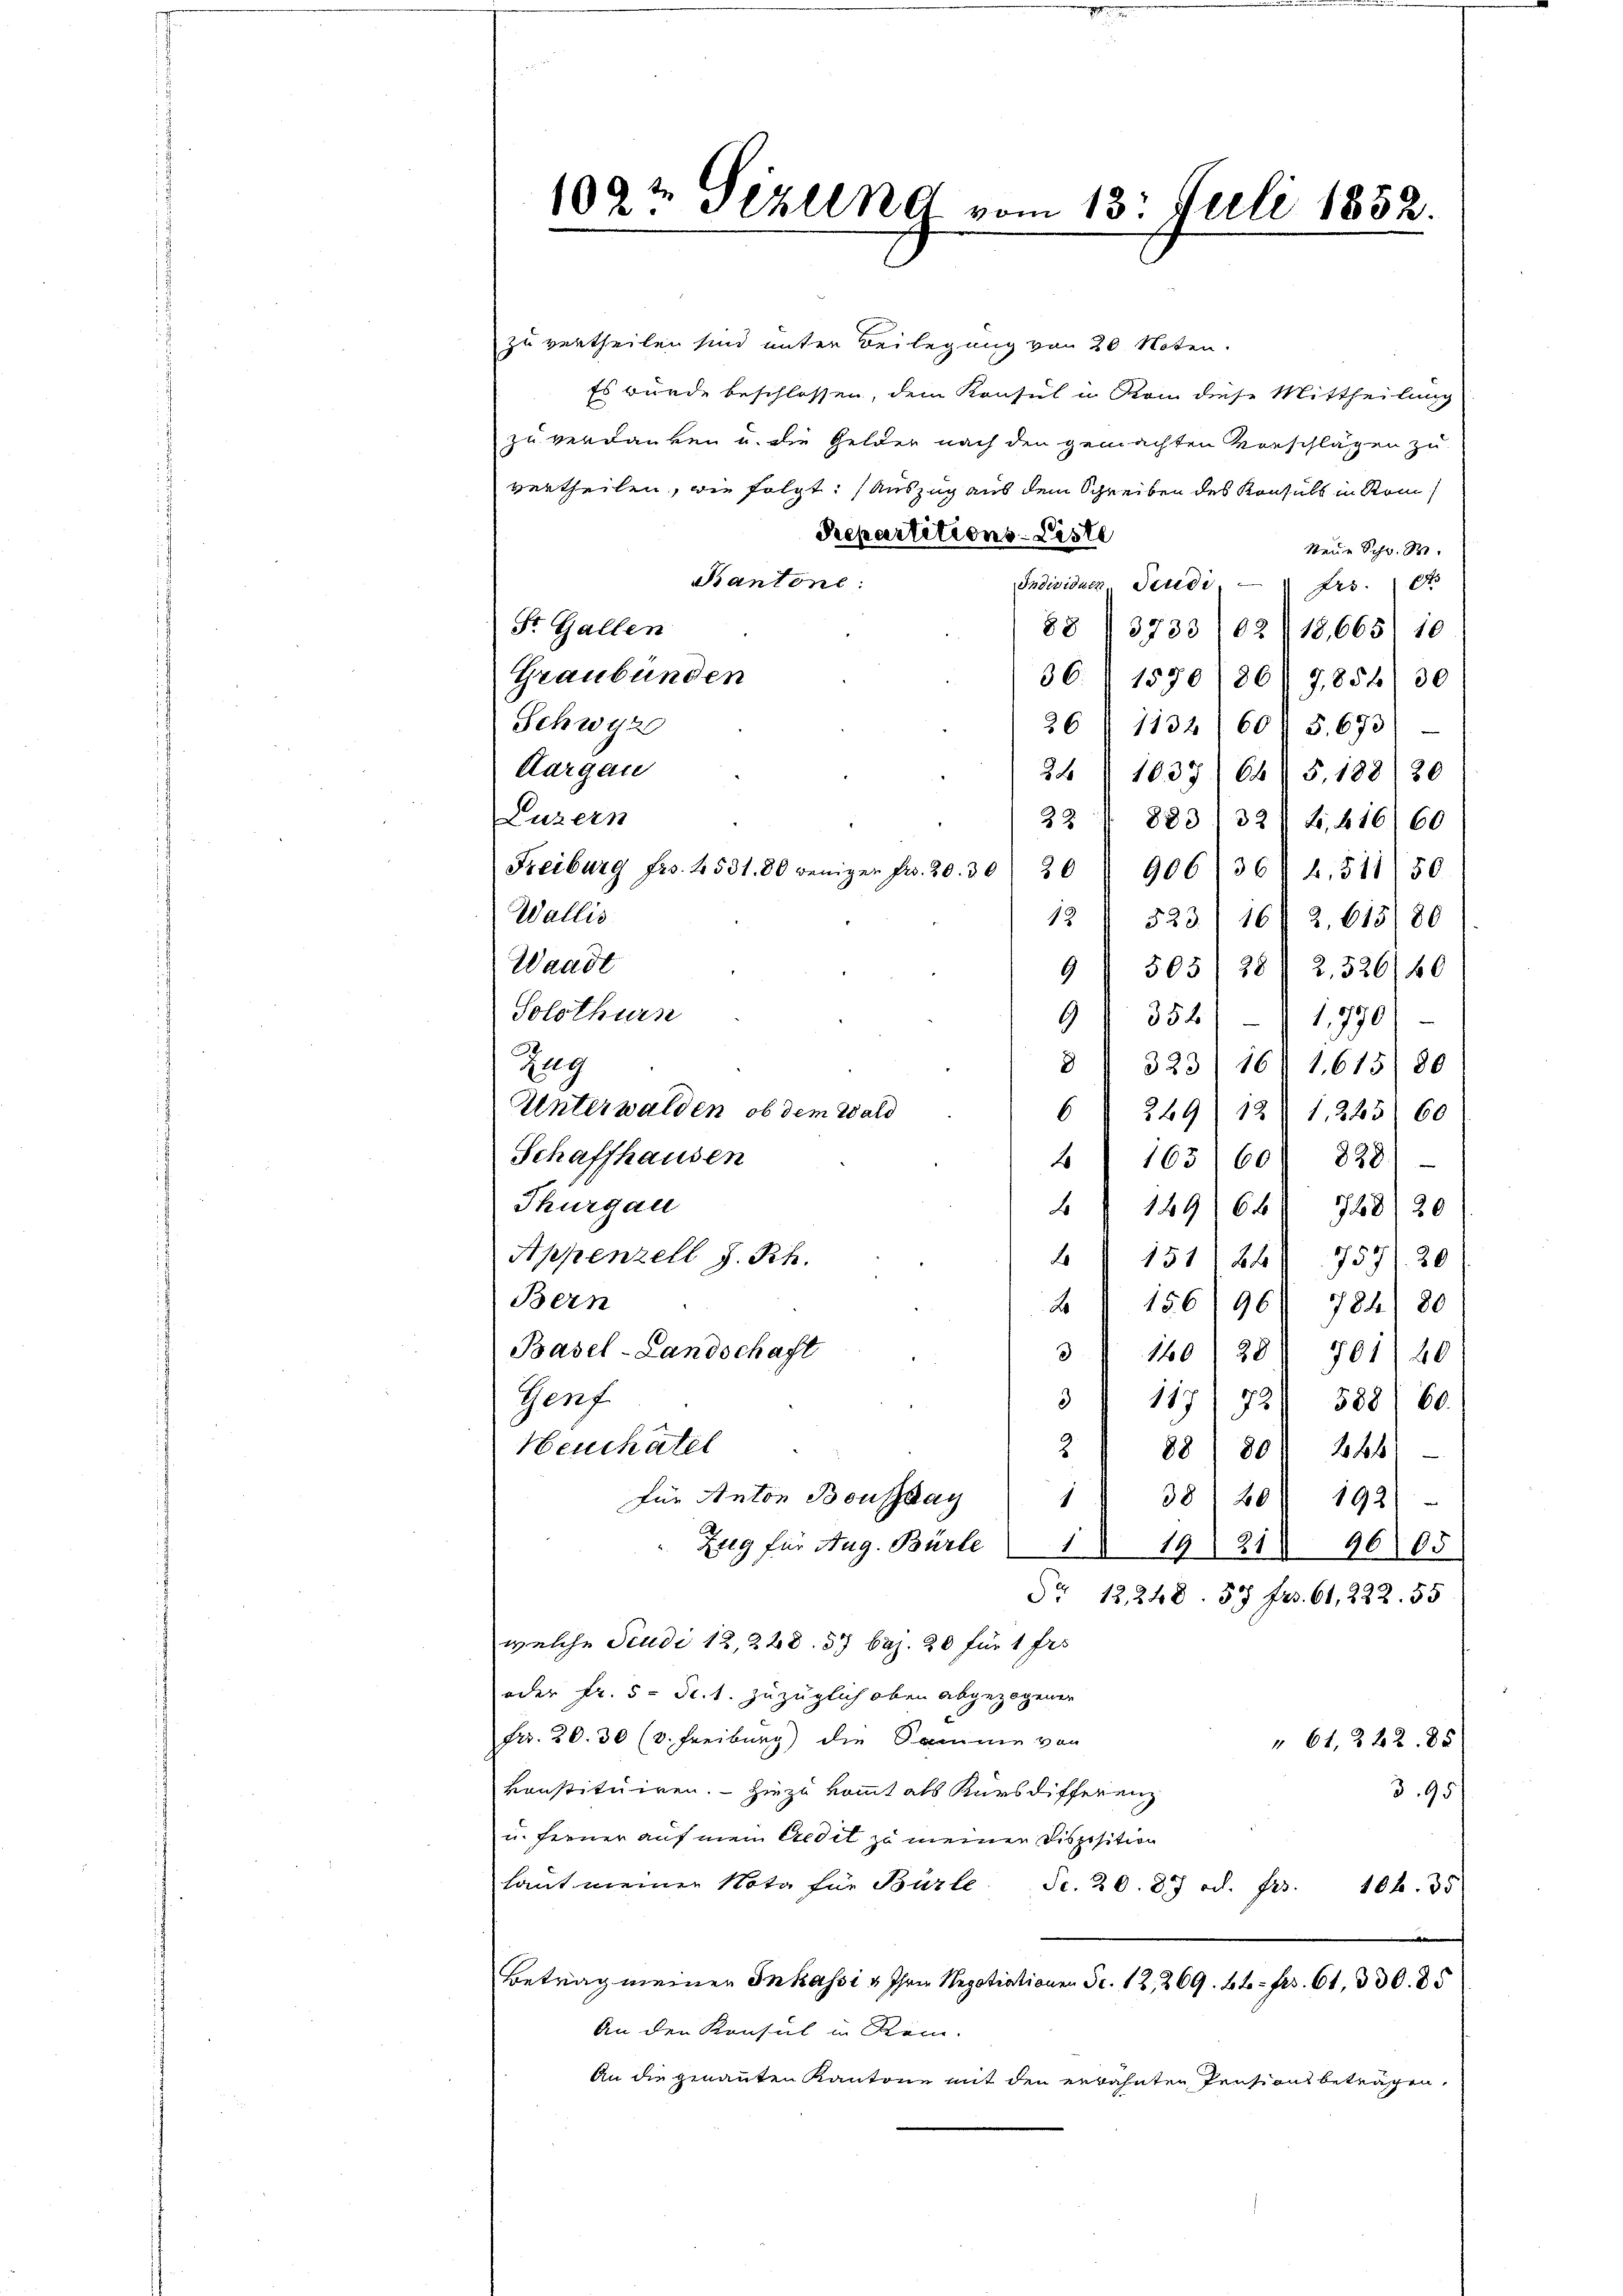
109 te Pezelne vom 13. Juli 1852.

zu vertheilen sind unter Beilegung von 20 Noten.
Es wurde beschlossen, dem Konsul in Rom diese Mittheilung
zu verdanken u. die Gelder nach den gemachten Vorschlägen zu
vertheilen, wie folgt. Auszug aus dem Schreiben des Konsuls in Rom
Repartitions-Liste
Neue Schw. R.
Kantone:
Individuen Seudi frs.
St. Gallen
88/3733/02/18,665) 10
Graubünden
36. 1570 (807854) 30
Schwyz
26/1134/607 5, 693)
Aargau
24/1035/645, 188/20
Luzern
22 § 8831 32) S. 616 60
Freiburg frs. 4531. 80 weniger Fr. 20. 30
20906/364. 511/50
Wallis
12 / 523/ 162. 613/80
Waadt
9) 505, 28 (2,526/40
Solothurn
1,770)
9 354
§ I 323/ 168 1,615) 80
Zug
Unterwalden, ob dem Wald
6249/12. 1285) 60
Schaffhausen
163160) 828)
2
Thurgau
149/64 788/20
Appenzell I.Rh.
4151/24 757. 20
Bern
156/96) 724) 80
2
Basel-Landschaft
3
160) 28) 701 40
Genf.
 117) 72. 588. 60.
Neuchâtel
2
88) 801 244)
für Anton Boussay
1 38/20) 1931
Zug für Aug. Bürle 1 1921 9605
Fr. 12, 248. 57 fr. 61, 222. 55
welche Judi 12, 228. 57 baj. 20 für 1 fes
oder Fr. 5. Fr. 1. zuzüglich oben abgezogener
Frr. 20. 30 (v. Freiburg) die Samme von
" 61, 222. 85
konstituiren. Hiezu kommt als Kursdifferenz
3. 95
u. ferner auf mein Credit zu meinen Disposition
laut meiner Nota für Bürte Fr. 20. 87 od. Ges. 104. 35
n
Betrag meinen Inkassi u Ihre Negotiationen Fr. 12, 269. Lt. fr. 61, 330. 85
An den Konsul in Rein.
An die genannten Kantone mit den erwähnten Pension beträchen,